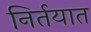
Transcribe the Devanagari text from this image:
निर्तयात